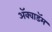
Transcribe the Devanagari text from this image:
ॲक्वाडॅम